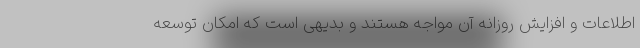
اطلاعات و افزایش روزانه آن مواجه هستند و بدیهی است که امکان توسعه